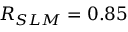
R _ { S L M } = 0 . 8 5